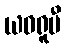
ယဝရူပီ